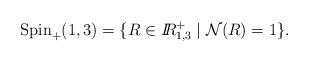
LaTeX: \begin{align*}{\rm Spin}_{+}(1,3) = \{ R \in \mbox{${\sl I\!\!R}$}_{1,3}^{+} \mid{\cal N}(R) = 1 \} .\end{align*}